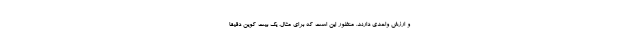
و ارزش واحدی دارند. منظور این است که برای مثال، یک بیت کوین دقیقا